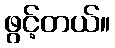
ဖွင့်တယ်။